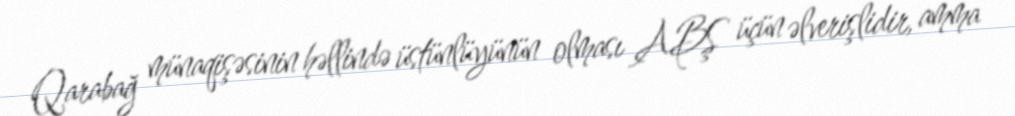
Qarabağ münaqişəsinin həllində üstünlüyünün olması ABŞ üçün əlverişlidir, amma